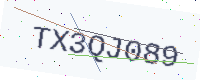
Text: TX3QJ089